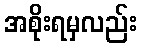
အစိုးရမှလည်း